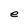
Character: e